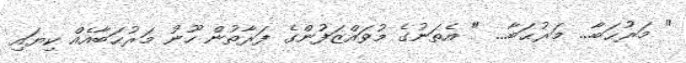
" މަރުުޙަބާ... މަރުޙަބާ... " އެތަނުގެ މުވައްޒަފުންގެ ފަރާތުން ހޫނު މަރުޙަބާއެއް ކިޔައި